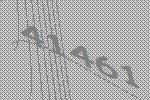
41461